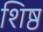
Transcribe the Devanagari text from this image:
शिष्ठ